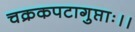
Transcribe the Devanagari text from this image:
चक्रकपटागुप्ताः।।